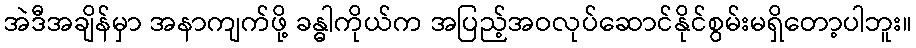
အဲဒီအချိန်မှာ အနာကျက်ဖို့ ခန္ဓါကိုယ်က အပြည့်အဝလုပ်ဆောင်နိုင်စွမ်းမရှိတော့ပါဘူး။